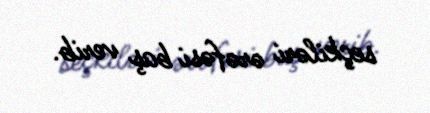
seçkiləri ərəfəsi baş verib.